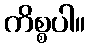
ကိစ္စပါ။